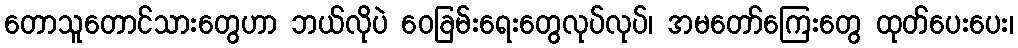
တောသူတောင်သားတွေဟာ ဘယ်လိုပဲ ဝေခြမ်းရေးတွေလုပ်လုပ်၊ အမတော်ကြေးတွေ ထုတ်ပေးပေး၊